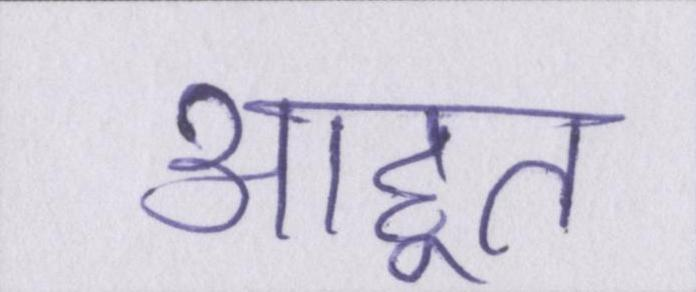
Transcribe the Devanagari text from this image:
आहूत